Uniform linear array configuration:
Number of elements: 48
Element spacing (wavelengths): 0.75
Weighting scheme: cosine
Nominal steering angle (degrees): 60
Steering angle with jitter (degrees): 61.477
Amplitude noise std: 0.05
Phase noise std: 0.05

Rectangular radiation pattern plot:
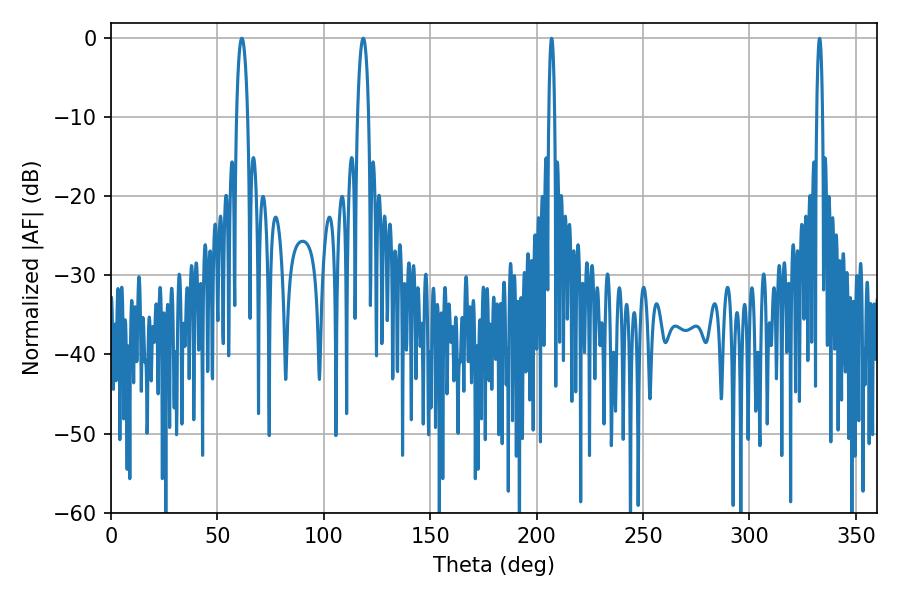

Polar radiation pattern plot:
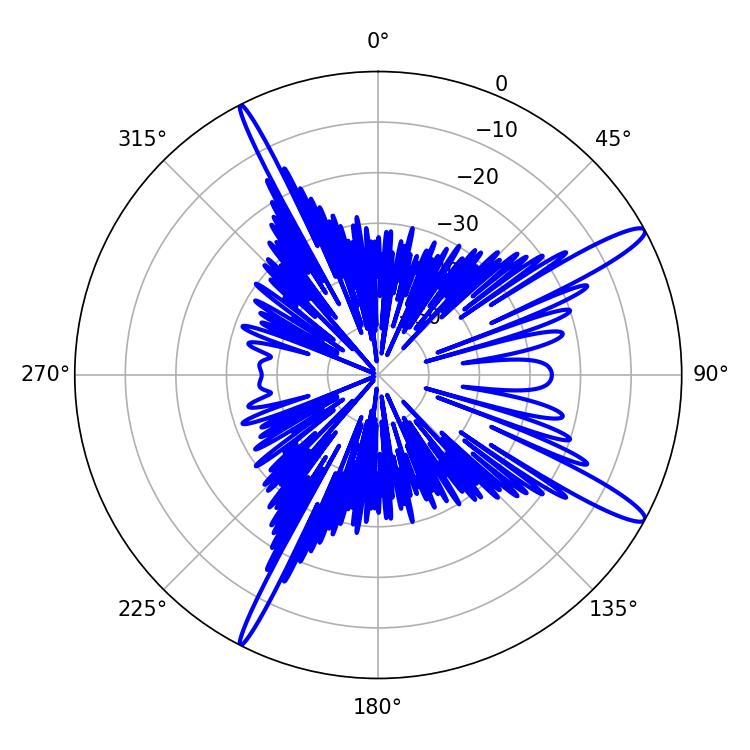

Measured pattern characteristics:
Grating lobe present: TRUE
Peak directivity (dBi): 14.278
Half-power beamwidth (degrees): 2.88
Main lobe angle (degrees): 61.56